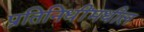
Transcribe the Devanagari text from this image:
प्रतिनिधींमधील